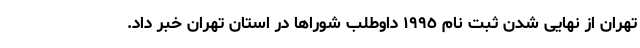
تهران از نهایی شدن ثبت نام ١٩٩٥ داوطلب شوراها در استان تهران خبر داد.